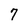
Character: 7